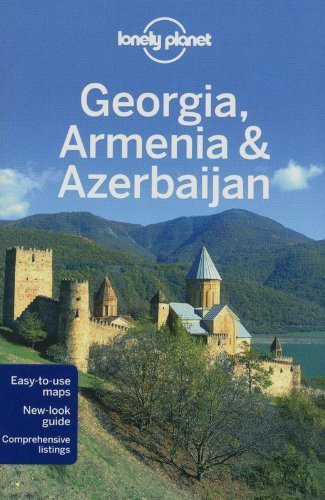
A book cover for Lonely Planet Georgia, Armenia & Azerbaijan (Travel Guide) by Lonely Planet, Noble, John, Kohn, Michael, Systermans, Danie (2012) Paperback; Travel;